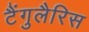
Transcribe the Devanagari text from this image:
टैंगुलैरिस